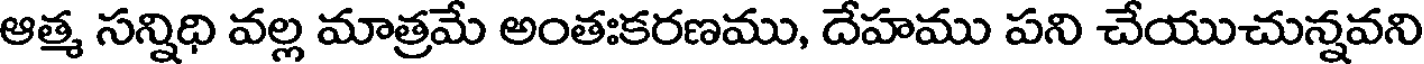
ఆత్మ సన్నిధి వల్ల మాత్రమే అంతఃకరణము, దేహము పని చేయుచున్నవని